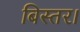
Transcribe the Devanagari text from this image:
बिस्तर।